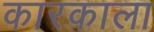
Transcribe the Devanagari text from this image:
कारकाला